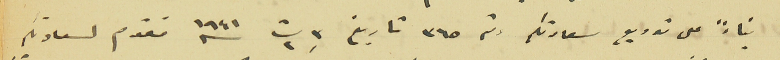
بناءً على توريع سعادتكم رقم ٣٦٥ تاريخ ٣ ت٢ سنi ١٩٤١ نقدم لسعادتكم